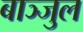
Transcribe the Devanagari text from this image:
बाञ्जुल